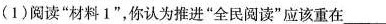
(1)阅读”材料1”，你认为推进”全民阅读”应该重在___